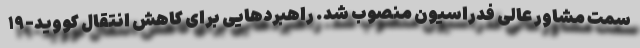
سمت مشاور عالی فدراسیون منصوب شد. راهبردهایی برای کاهش انتقال کووید-۱۹